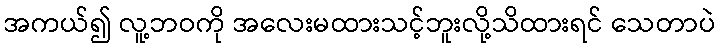
အကယ်၍ လူ့ဘဝကို အလေးမထားသင့်ဘူးလို့သိထားရင် သေတာပဲ